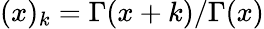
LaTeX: (x)_{k}=\Gamma(x+k)/\Gamma(x)